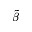
\tilde { \beta }